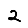
Digit: 2